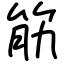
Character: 筋